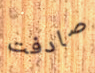
صادفت